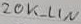
Text: 20K_LIN